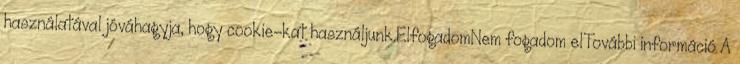
használatával jóváhagyja, hogy cookie-kat használjunk.ElfogadomNem fogadom elTovábbi információ A